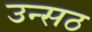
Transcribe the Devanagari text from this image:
उन्सठ